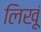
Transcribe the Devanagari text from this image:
लिखूं